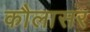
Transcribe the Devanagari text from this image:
कौलासर